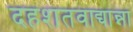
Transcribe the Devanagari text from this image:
दहशतवाद्यान्ना